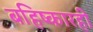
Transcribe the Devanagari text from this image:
बहिष्कारही